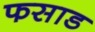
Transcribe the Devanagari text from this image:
फसाड